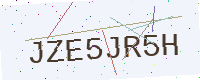
Text: JZE5JR5H